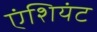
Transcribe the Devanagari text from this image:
एंशियंट